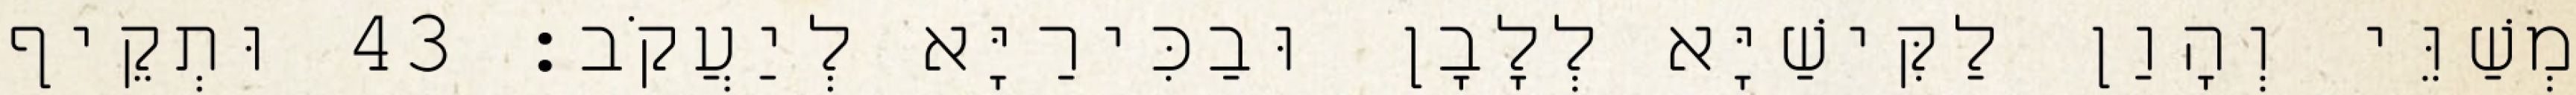
מְשַׁוֵּי וְהָוַן לַקִּישַׁיָּא לְלָבָן וּבַכִּירַיָּא לְיַעֲקֹב׃ 43 וּתְקֵיף